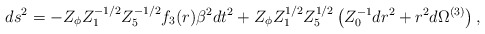
\begin{align*}ds^2 = - Z_{\phi} Z_1^{-1/2}Z_5^{-1/2} f_3 (r) \beta^2 dt^2 + Z_{\phi} Z_1^{1/2}Z_5^{1/2}\left(Z_0^{-1} dr^2+ r^2 d\Omega^{(3)} \right), \end{align*}